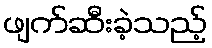
ဖျက်ဆီးခဲ့သည့်